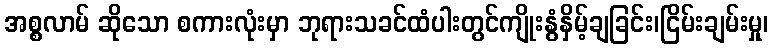
အစ္စလာမ် ဆိုသော စကားလုံးမှာ ဘုရားသခင်ထံပါးတွင်ကျိုးနွံနှိမ့်ချခြင်း၊ငြိမ်းချမ်းမှု၊